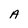
Character: A